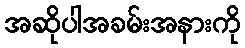
အဆိုပါအခမ်းအနားကို